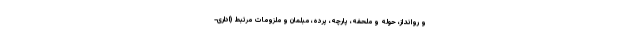
و روانداز، حوله و ملحفه، پارچه، پرده، مبلمان و ملزومات مرتبط (اداری-